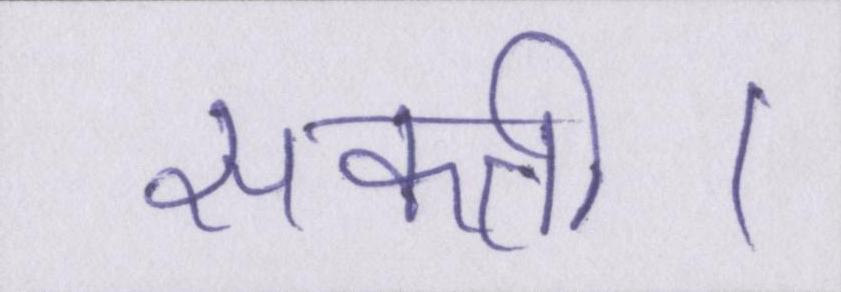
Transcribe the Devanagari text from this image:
सकती।